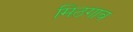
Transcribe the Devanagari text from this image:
मिठगाव